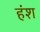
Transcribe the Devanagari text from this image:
हंश